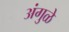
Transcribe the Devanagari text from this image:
अंगुळे